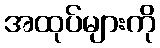
အထုပ်များကို